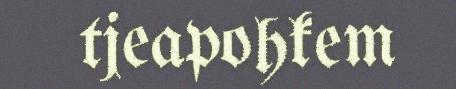
tjeapohkem